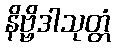
နိဗ္ဗိဒါသုတ္တံ